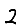
Digit: 2